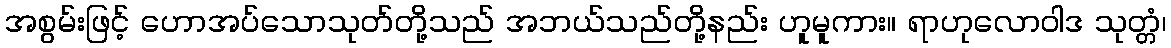
အစွမ်းဖြင့် ဟောအပ်သောသုတ်တို့သည် အဘယ်သည်တို့နည်း ဟူမူကား။ ရာဟုလောဝါဒ သုတ္တံ၊